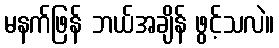
မနက်ဖြန် ဘယ်အချိန် ဖွင့်သလဲ။